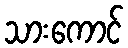
သားကောင်